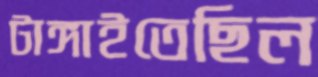
টাঙ্গাইতেছিল